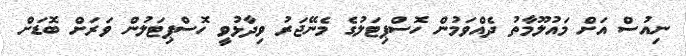
ނިއުސް އަށް މައުލޫމާތު ދެއްވަމުން ހޮސްޕިޓަލުގެ މެނޭޖަރު ވިދާޅުވީ ހޮސްޕިޓަލުން ވަރަށް ބޮޑަށް